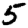
Digit: 5